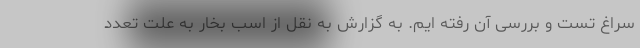
سراغ تست و بررسی آن رفته ایم. به گزارش به نقل از اسب بخار به علت تعدد